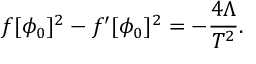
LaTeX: f [ \phi _ { 0 } ] ^ { 2 } - f ^ { \prime } [ \phi _ { 0 } ] ^ { 2 } = - \frac { 4 \Lambda } { T ^ { 2 } } .